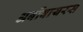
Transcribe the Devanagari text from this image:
अर्बोवायरस